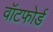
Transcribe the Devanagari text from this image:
वॉटफोर्ड